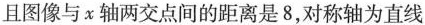
且图像与x轴两交点间的距离是8，对称轴为直线